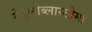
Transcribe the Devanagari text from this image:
मेडुलोब्लास्टोमा